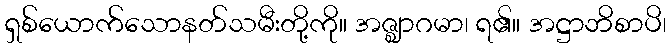
ရှစ်ယောက်သောနတ်သမီးတို့ကို။ အဇ္ဈာဂမာ၊ ရ၏။ အဋ္ဌာဘိစာပိ၊